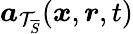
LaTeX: \boldsymbol{a}_{\mathcal{T}_{\overline{{S}}}}(\boldsymbol{x},\boldsymbol{r},t)